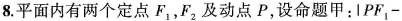
8.平面内有两个定点F_{1}，F_{2}及动点P，设命题甲：$$l P F _ { 1 } -